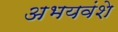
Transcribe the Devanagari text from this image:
अभयवंशे